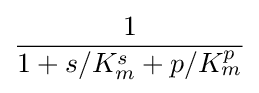
{\frac {1}{1+s/K_{m}^{s}+p/K_{m}^{p}}}